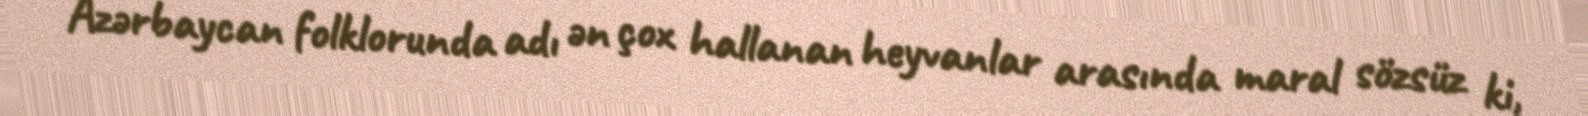
Azərbaycan folklorunda adı ən çox hallanan heyvanlar arasında maral sözsüz ki,